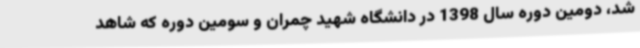
شد، دومین دوره سال 1398 در دانشگاه شهید چمران و سومین دوره که شاهد